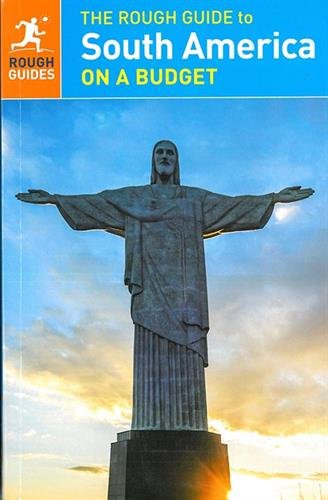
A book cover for The Rough Guide to South America On a Budget; Rough Guides; Travel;